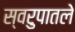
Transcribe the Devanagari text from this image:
स्वरुपातले